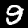
Digit: 9